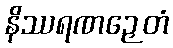
နိဿရဏဉှေတံ